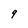
Character: 9